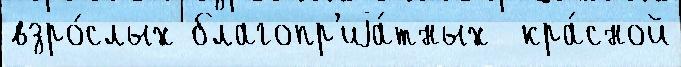
взро́слых благопр'иjа́тных  кра́сной